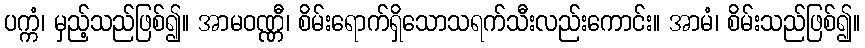
ပက္ကံ၊ မှည့်သည်ဖြစ်၍။ အာမဝဏ္ဏီ၊ စိမ်းရောက်ရှိသောသရက်သီးလည်းကောင်း။ အာမံ၊ စိမ်းသည်ဖြစ်၍။